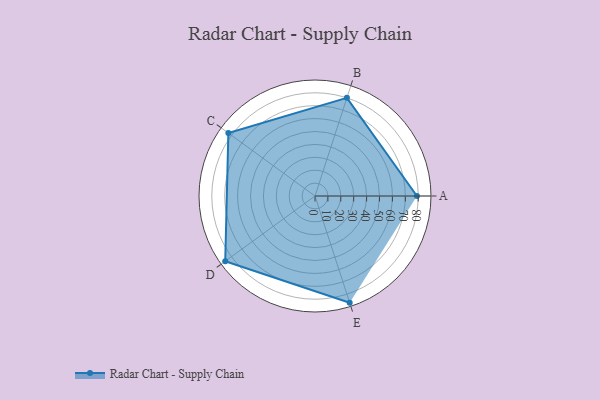
{"axis": {"x": "Skill", "y": "Score"}, "legend": ["Profile"], "data": [{"x": "A", "y": 79.0, "type": "Profile"}, {"x": "B", "y": 80.0, "type": "Profile"}, {"x": "C", "y": 83.0, "type": "Profile"}, {"x": "D", "y": 86.0, "type": "Profile"}, {"x": "E", "y": 87.0, "type": "Profile"}]}